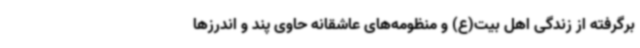
برگرفته از زندگی اهل بیت(ع) و منظومه‌های عاشقانه حاوی پند و اندرزها